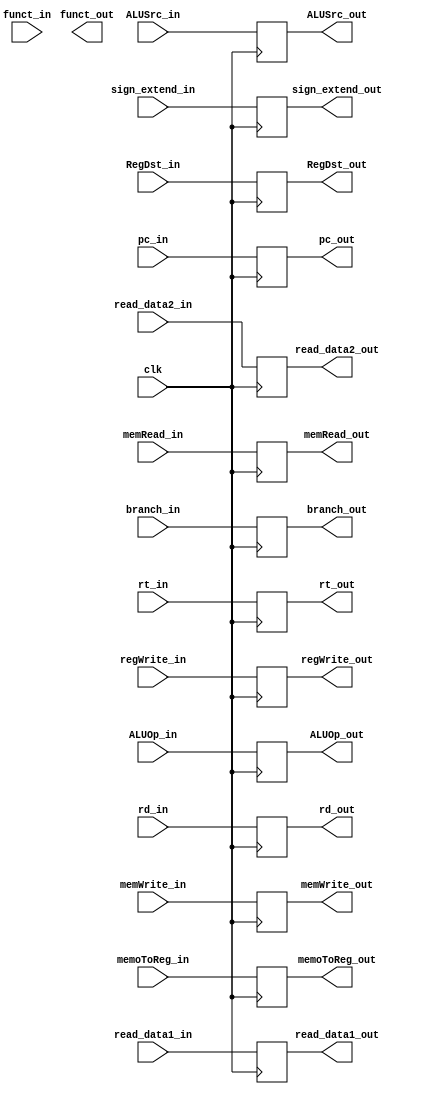
module IDEX(clk,pc_in, read_data1_in , read_data2_in, sign_extend_in, funct_in,
 rt_in, rd_in, ALUOp_in,regWrite_in, memoToReg_in,
 branch_in, memWrite_in, memRead_in, ALUSrc_in,
 RegDst_in, pc_out, read_data1_out , read_data2_out, sign_extend_out, funct_out,
 rt_out, rd_out, ALUOp_out,regWrite_out, memoToReg_out,
 branch_out, memWrite_out, memRead_out, ALUSrc_out,
 RegDst_out
 );

    input clk;
    input [31:0] pc_in, read_data1_in ,read_data2_in, sign_extend_in ;
    input [4:0] rt_in, rd_in;
    input [1:0] ALUOp_in;
    input [5:0] funct_in;
    input regWrite_in, memoToReg_in, branch_in, memWrite_in, memRead_in,
          ALUSrc_in, RegDst_in ;

    output reg [31:0] pc_out, read_data1_out , read_data2_out, sign_extend_out ;
    output reg [4:0] rt_out, rd_out;
    output reg [1:0] ALUOp_out;
    output reg [5:0] funct_out;
    output reg regWrite_out, memoToReg_out, branch_out, memWrite_out,
           memRead_out, ALUSrc_out, RegDst_out;


always @(posedge clk) begin
  pc_out = pc_in;
    read_data1_out=read_data1_in;
    read_data2_out=read_data2_in;
  sign_extend_out = sign_extend_in;
  rt_out = rt_in ;
  rd_out = rd_in ;
  ALUOp_out = ALUOp_in;
  regWrite_out = regWrite_in ;
  memoToReg_out = memoToReg_in;
  branch_out = branch_in;
  memWrite_out = memWrite_in;
  memRead_out = memRead_in;
  ALUSrc_out = ALUSrc_in;
  RegDst_out = RegDst_in;

end
endmodule // ID_EX